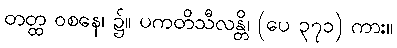
တတ္ထ ဝစနေ၊ ၌။ ပကတိသီလန္တိ၊ (ပေ ၃၇၁) ကား။